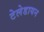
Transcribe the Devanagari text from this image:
टेलेडायन